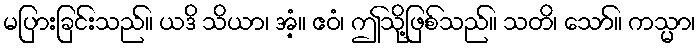
မပြားခြင်းသည်။ ယဒိ သိယာ၊ အံ့။ ဧဝံ၊ ဤသို့ဖြစ်သည်။ သတိ၊ သော်။ ကသ္မာ၊